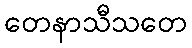
တေနာသီသတေ